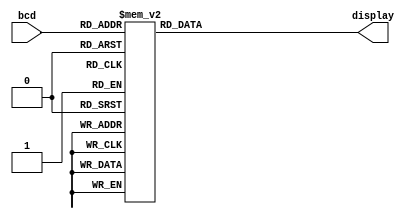
module BCDto7SegmentDecoder(
   input [3:0] bcd,
   output reg [6:0] display
   );

always @ (*) begin
	case (bcd)
		4'd0: display = 7'b1111110;
      4'd1: display = 7'b0110000;
      4'd2: display = 7'b1101101;
      4'd3: display = 7'b1111001;
      4'd4: display = 7'b0110011;
      4'd5: display = 7'b1011011;
      4'd6: display = 7'b1011111;
      4'd7: display = 7'b1110000;
      4'd8: display = 7'b1111111;
      4'd9: display = 7'b1111011;
		4'd10: display = 7'b0000001;
		default: display = 7'b0000000;
	endcase
end

endmodule